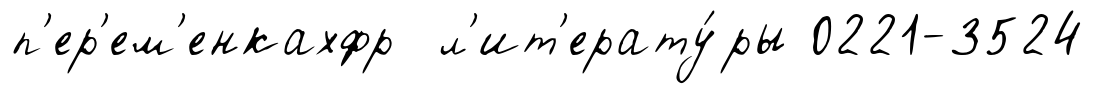
п'ер'ем'енкахфр л'ит'ерату́ры 0221-3524